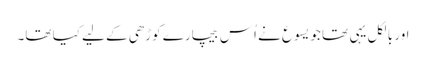
اور بالکل یہی تھا جو یسوع نے اُس بیچارے کوڑھی کے لیے کیا تھا۔